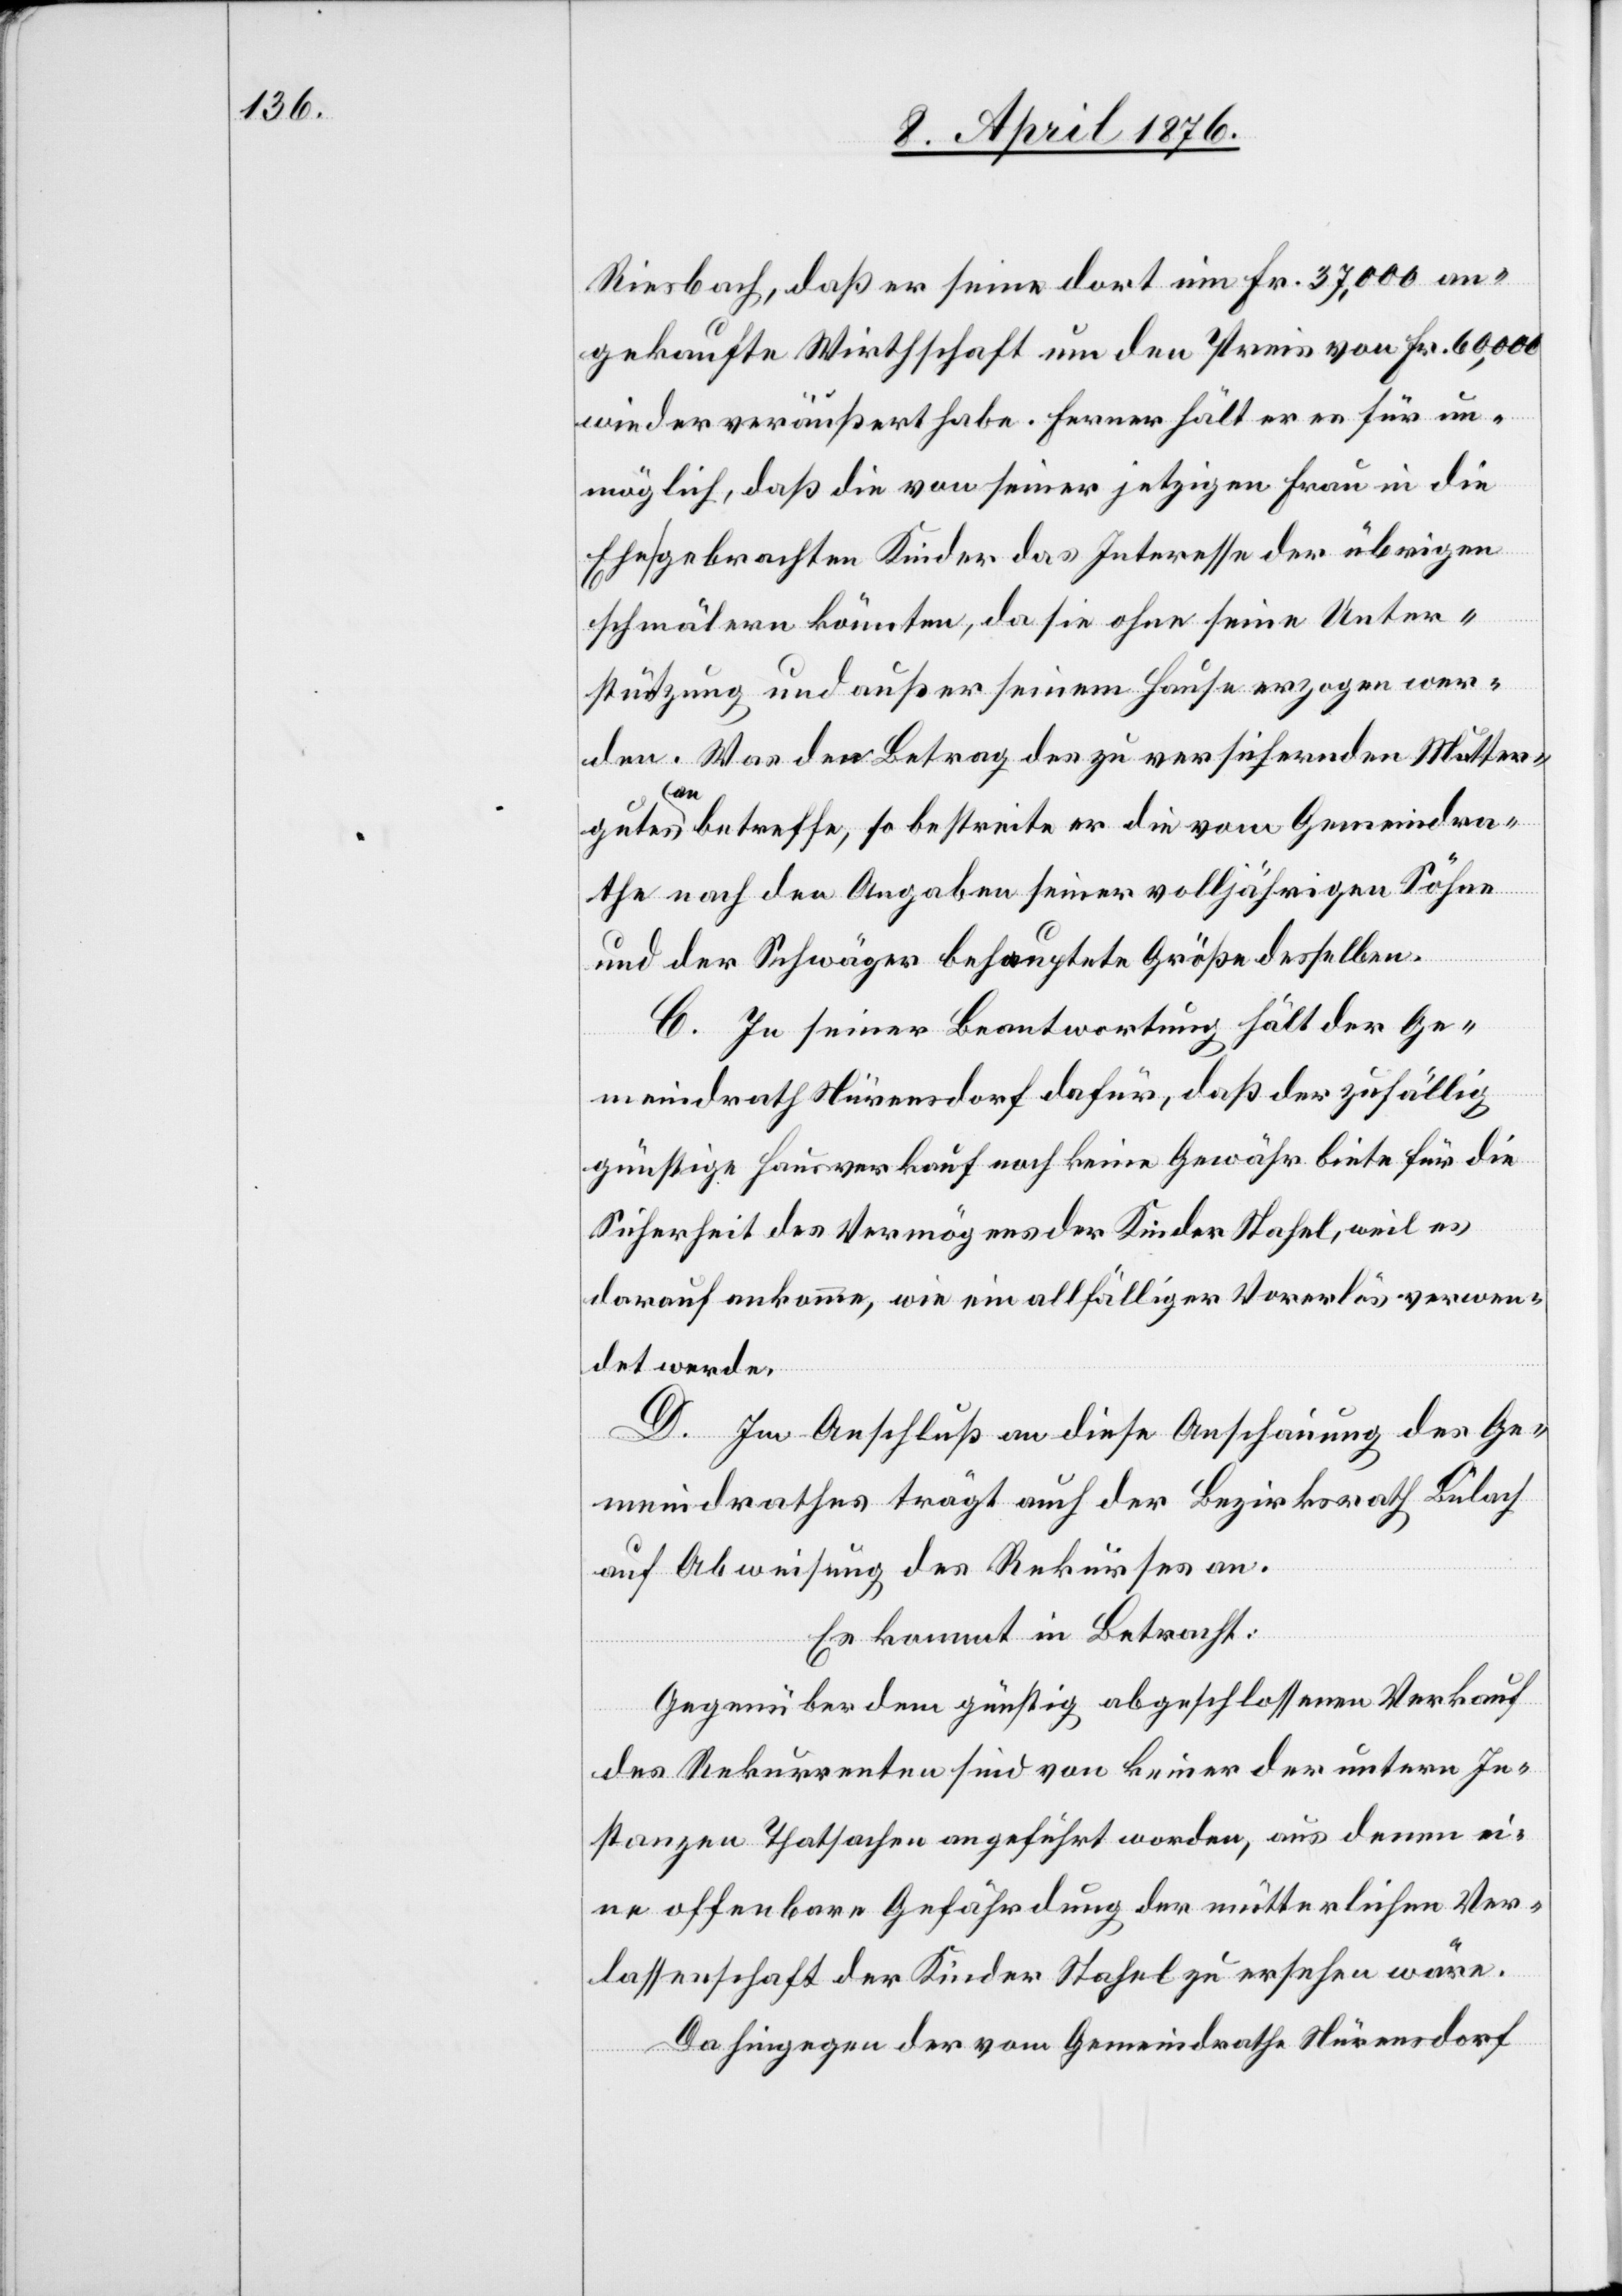
Riesbach, daß er seine dort um Fr. 37,000 an¬
gekaufte Wirthschaft um den Preis von Fr. 60,000
wieder veräußert habe. Ferner hält er es für un¬
möglich, daß die von seiner jetzigen Frau in die
Ehe gebrachten Kinder das Interesse der übrigen
schmälern könnten, da sie ohne seine Unter¬
stützung und außer seinem Hause erzogen wor¬
den. Was der Betrag des zu versichernden Mutter¬
gutes an betreffe, so bestreite er die vom Gemeindra¬
the nach den Angaben seiner volljährigen Söhne
und der Schwäger behauptete Größe desselben.
C. In seiner Beantwortung hält der Ge¬
meindrath Nürensdorf dafür, daß der zufällig
günstige Hausverkauf noch keine Gewähr biete für die
Sicherheit des Vermögens der Kinder Stahel, weil es
darauf ankomme, wie ein allfälliger Vorerlös verwen¬
det werde.
D. Im Anschluß an diese Anschauung des Ge¬
meindrathes trägt auch der Bezirksrath Bülach
auf Abweisung des Rekurses an.
Es kommt in Betracht:
Gegenüber dem günstig abgeschlossenen Verkauf
des Rekurrenten sind von keiner der untern In¬
stanzen Thatsachen angeführt worden, aus denen ei¬
ne offenbare Gefährdung der mütterlichen Ver¬
lassenschaft der Kinder Stahel zu ersehen wäre.
Dahingegen der vom Gemeindrathe Nürensdorf